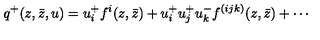
q ^ { + } ( z , \bar { z } , u ) = u _ { i } ^ { + } f ^ { i } ( z , \bar { z } ) + u _ { i } ^ { + } u _ { j } ^ { + } u _ { k } ^ { - } f ^ { ( i j k ) } ( z , \bar { z } ) + \cdots